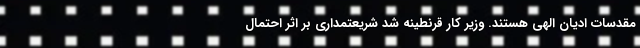
مقدسات ادیان الهی هستند. وزیر کار قرنطینه شد شریعتمداری بر اثر احتمال